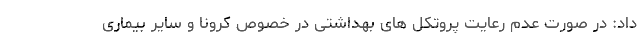
داد: در صورت عدم رعایت پروتکل های بهداشتی در خصوص کرونا و سایر بیماری